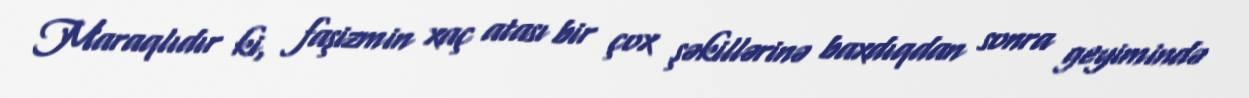
Maraqlıdır ki, faşizmin xaç atası bir çox şəkillərinə baxdıqdan sonra geyimində